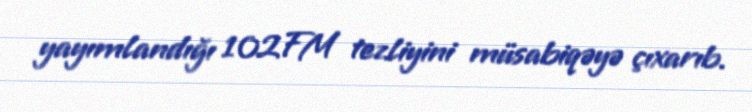
yayımlandığı 102FM tezliyini müsabiqəyə çıxarıb.